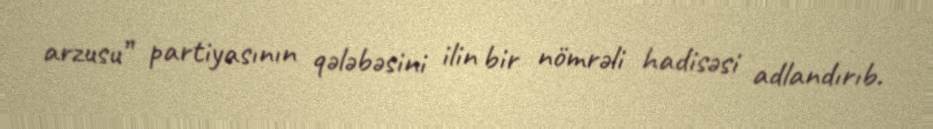
arzusu” partiyasının qələbəsini ilin bir nömrəli hadisəsi adlandırıb.